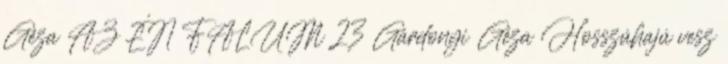
Géza AZ ÉN FALUM 23 Gárdonyi Géza Hosszúhajú vesz